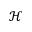
\mathcal { H }